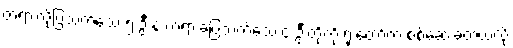
တရားလိုပြသက်သေ ၅ ဦးနဲ့ တရားခံပြသက်သေ ၄ ဦးတို့ကို ရုံးတော်က စစ်ဆေးခဲ့တယ်လို့